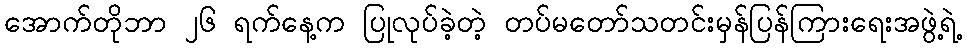
အောက်တိုဘာ ၂၆ ရက်နေ့က ပြုလုပ်ခဲ့တဲ့ တပ်မတော်သတင်းမှန်ပြန်ကြားရေးအဖွဲ့ရဲ့